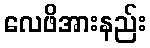
လေဖိအားနည်း